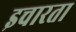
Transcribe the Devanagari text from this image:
इचारता